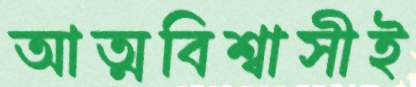
আত্মবিশ্বাসীই